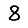
Digit: 8